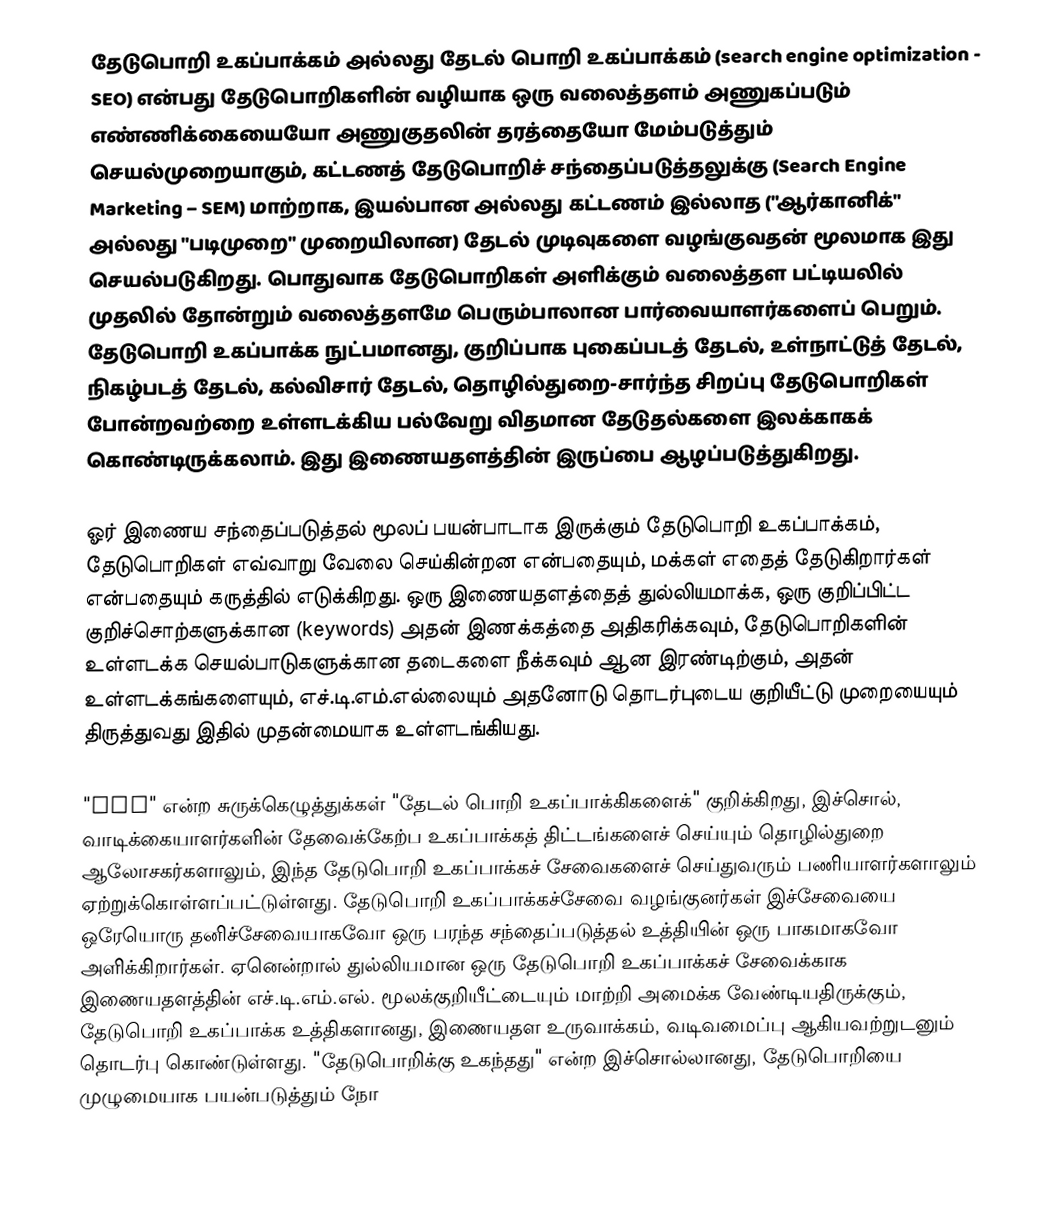
தேடுபொறி உகப்பாக்கம் அல்லது தேடல் பொறி உகப்பாக்கம் (search engine optimization - SEO) என்பது தேடுபொறிகளின் வழியாக ஒரு வலைத்தளம் அணுகப்படும் எண்ணிக்கையையோ  அணுகுதலின் தரத்தையோ மேம்படுத்தும் செயல்முறையாகும், கட்டணத் தேடுபொறிச் சந்தைப்படுத்தலுக்கு (Search Engine Marketing – SEM) மாற்றாக, இயல்பான அல்லது கட்டணம் இல்லாத ("ஆர்கானிக்" அல்லது "படிமுறை" முறையிலான) தேடல் முடிவுகளை வழங்குவதன் மூலமாக இது செயல்படுகிறது. பொதுவாக தேடுபொறிகள் அளிக்கும் வலைத்தள பட்டியலில் முதலில் தோன்றும் வலைத்தளமே பெரும்பாலான பார்வையாளர்களைப் பெறும். தேடுபொறி உகப்பாக்க நுட்பமானது, குறிப்பாக புகைப்படத் தேடல், உள்நாட்டுத் தேடல், நிகழ்படத் தேடல், கல்விசார் தேடல், தொழில்துறை-சார்ந்த சிறப்பு தேடுபொறிகள் போன்றவற்றை உள்ளடக்கிய பல்வேறு விதமான தேடுதல்களை இலக்காகக் கொண்டிருக்கலாம். இது இணையதளத்தின் இருப்பை ஆழப்படுத்துகிறது.

ஓர் இணைய சந்தைப்படுத்தல் மூலப் பயன்பாடாக இருக்கும் தேடுபொறி உகப்பாக்கம், தேடுபொறிகள் எவ்வாறு வேலை செய்கின்றன என்பதையும், மக்கள் எதைத் தேடுகிறார்கள் என்பதையும் கருத்தில் எடுக்கிறது. ஒரு இணையதளத்தைத் துல்லியமாக்க, ஒரு குறிப்பிட்ட குறிச்சொற்களுக்கான (keywords) அதன் இணக்கத்தை அதிகரிக்கவும், தேடுபொறிகளின் உள்ளடக்க செயல்பாடுகளுக்கான தடைகளை நீக்கவும் ஆன இரண்டிற்கும், அதன் உள்ளடக்கங்களையும், எச்.டி.எம்.எல்லையும் அதனோடு தொடர்புடைய குறியீட்டு முறையையும் திருத்துவது இதில் முதன்மையாக உள்ளடங்கியது.

"SEO" என்ற சுருக்கெழுத்துக்கள் "தேடல் பொறி உகப்பாக்கிகளைக்" குறிக்கிறது, இச்சொல், வாடிக்கையாளர்களின் தேவைக்கேற்ப உகப்பாக்கத் திட்டங்களைச் செய்யும் தொழில்துறை ஆலோசகர்களாலும், இந்த தேடுபொறி உகப்பாக்கச் சேவைகளைச் செய்துவரும் பணியாளர்களாலும் ஏற்றுக்கொள்ளப்பட்டுள்ளது. தேடுபொறி உகப்பாக்கச்சேவை வழங்குனர்கள் இச்சேவையை ஒரேயொரு தனிச்சேவையாகவோ ஒரு பரந்த சந்தைப்படுத்தல் உத்தியின் ஒரு பாகமாகவோ அளிக்கிறார்கள். ஏனென்றால் துல்லியமான ஒரு தேடுபொறி உகப்பாக்கச் சேவைக்காக இணையதளத்தின் எச்.டி.எம்.எல். மூலக்குறியீட்டையும் மாற்றி அமைக்க வேண்டியதிருக்கும், தேடுபொறி உகப்பாக்க உத்திகளானது, இணையதள உருவாக்கம், வடிவமைப்பு ஆகியவற்றுடனும் தொடர்பு கொண்டுள்ளது. "தேடுபொறிக்கு உகந்தது" என்ற இச்சொல்லானது, தேடுபொறியை முழுமையாக பயன்படுத்தும் நோ